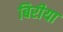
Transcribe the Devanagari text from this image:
बिरीया